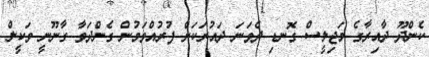
ކެންދޫ ދާއިރާގެ މަޖިލީސް ގޮނޑި ދެވަނަ ދައުރަކަށް ފުރުއްވަމުން ގެންދަވާ ގާނޫނީ ވަކީލް